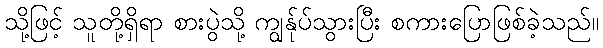
သို့ဖြင့် သူတို့ရှိရာ စားပွဲသို့ ကျွန်ုပ်သွားပြီး စကားပြောဖြစ်ခဲ့သည်။